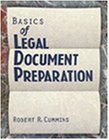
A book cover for Basics of Legal Document Preparation; Robert Cummins; Law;